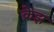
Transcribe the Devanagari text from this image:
क्रेझ